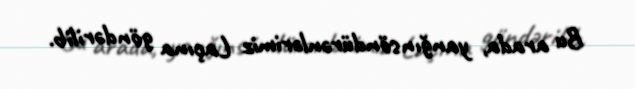
Bu arada, yanğınsöndürənlərimiz Laçına göndərilib.